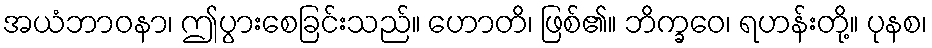
အယံဘာဝနာ၊ ဤပွားစေခြင်းသည်။ ဟောတိ၊ ဖြစ်၏။ ဘိက္ခဝေ၊ ရဟန်းတို့။ ပုနစ၊